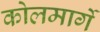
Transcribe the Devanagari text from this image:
कोलमार्गे